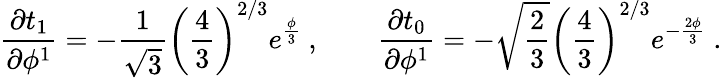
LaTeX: {\frac{\partial t_{1}}{\partial\phi^{1}}}=-{\frac{1}{\sqrt 3}}\left({\frac{4}{3}}\right)^{2/3}e^{{\frac{\phi}{3}}}\ ,\qquad{\frac{\partial t_{0}}{\partial\phi^{1}}}=-\sqrt{\frac{2}{3}}\left({\frac{4}{3}}\right)^{2/3}e^{-{\frac{2\phi}{3}}}\ .